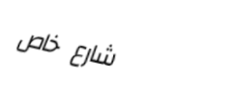
شارع خاص